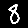
Digit: 8